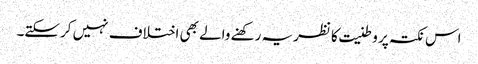
اس نکتہ پر وطنیت کا نظریہ رکھنے والے بھی اختلاف نہیں کرسکتے۔